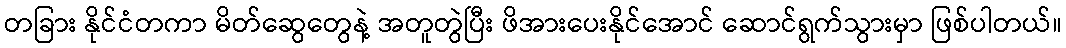
တခြား နိုင်ငံတကာ မိတ်ဆွေတွေနဲ့ အတူတွဲပြီး ဖိအားပေးနိုင်အောင် ဆောင်ရွက်သွားမှာ ဖြစ်ပါတယ်။